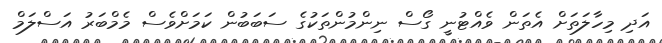
އަދި މިހާލަތަށް އެތަން ވެއްޓުނީ ގޯސް ނިންމުންތަކުގެ ސަބަބުން ކަމަށްވެސް މެމްބަރު އަސްލަމް